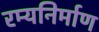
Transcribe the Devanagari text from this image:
रम्यनिर्माण